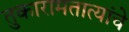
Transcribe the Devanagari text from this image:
तुकारामतात्यांचे